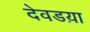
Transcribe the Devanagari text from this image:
देवडय़ा